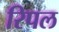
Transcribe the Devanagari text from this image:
रिपल